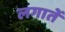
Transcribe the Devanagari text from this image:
लगातें